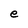
Character: e